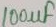
Text: 100µF